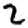
Digit: 2